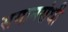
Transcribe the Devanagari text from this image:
समानसंधी